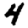
Digit: 4